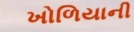
ખોળિયાની